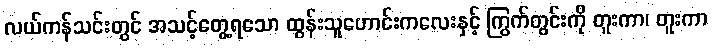
လယ်ကန်သင်းတွင် အသင့်တွေ့ရသော ထွန်းသူဟောင်းကလေးနှင့် ကြွက်တွင်းကို တူးကာ၊ တူးကာ